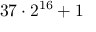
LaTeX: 3 7 \cdot 2 ^ { 1 6 } + 1